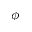
\phi